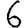
Digit: 6